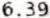
6.39